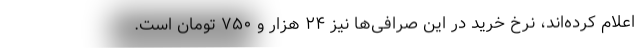
اعلام کرده‌اند، نرخ خرید در این صرافی‌ها نیز ۲۴ هزار و ۷۵۰ تومان است.